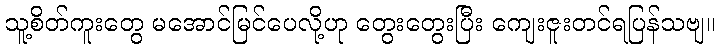
သူ့စိတ်ကူးတွေ မအောင်မြင်ပေလို့ဟု တွေးတွေးပြီး ကျေးဇူးတင်ရပြန်သဗျ။